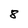
Character: 8